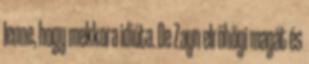
lenne, hogy mekkora idióta. De Zayn elröhögi magát és